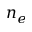
n _ { e }